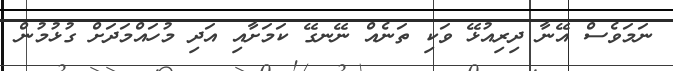
ނަމަވެސް އޭނާ ދިރިއުޅޭ ވަކި ތަނެއް ނޭނގޭ ކަމަށާއި އަދި މުހައްމަދަށް ގުޅުމުން